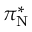
\pi _ { \mathrm { N } } ^ { * }